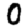
Digit: 0